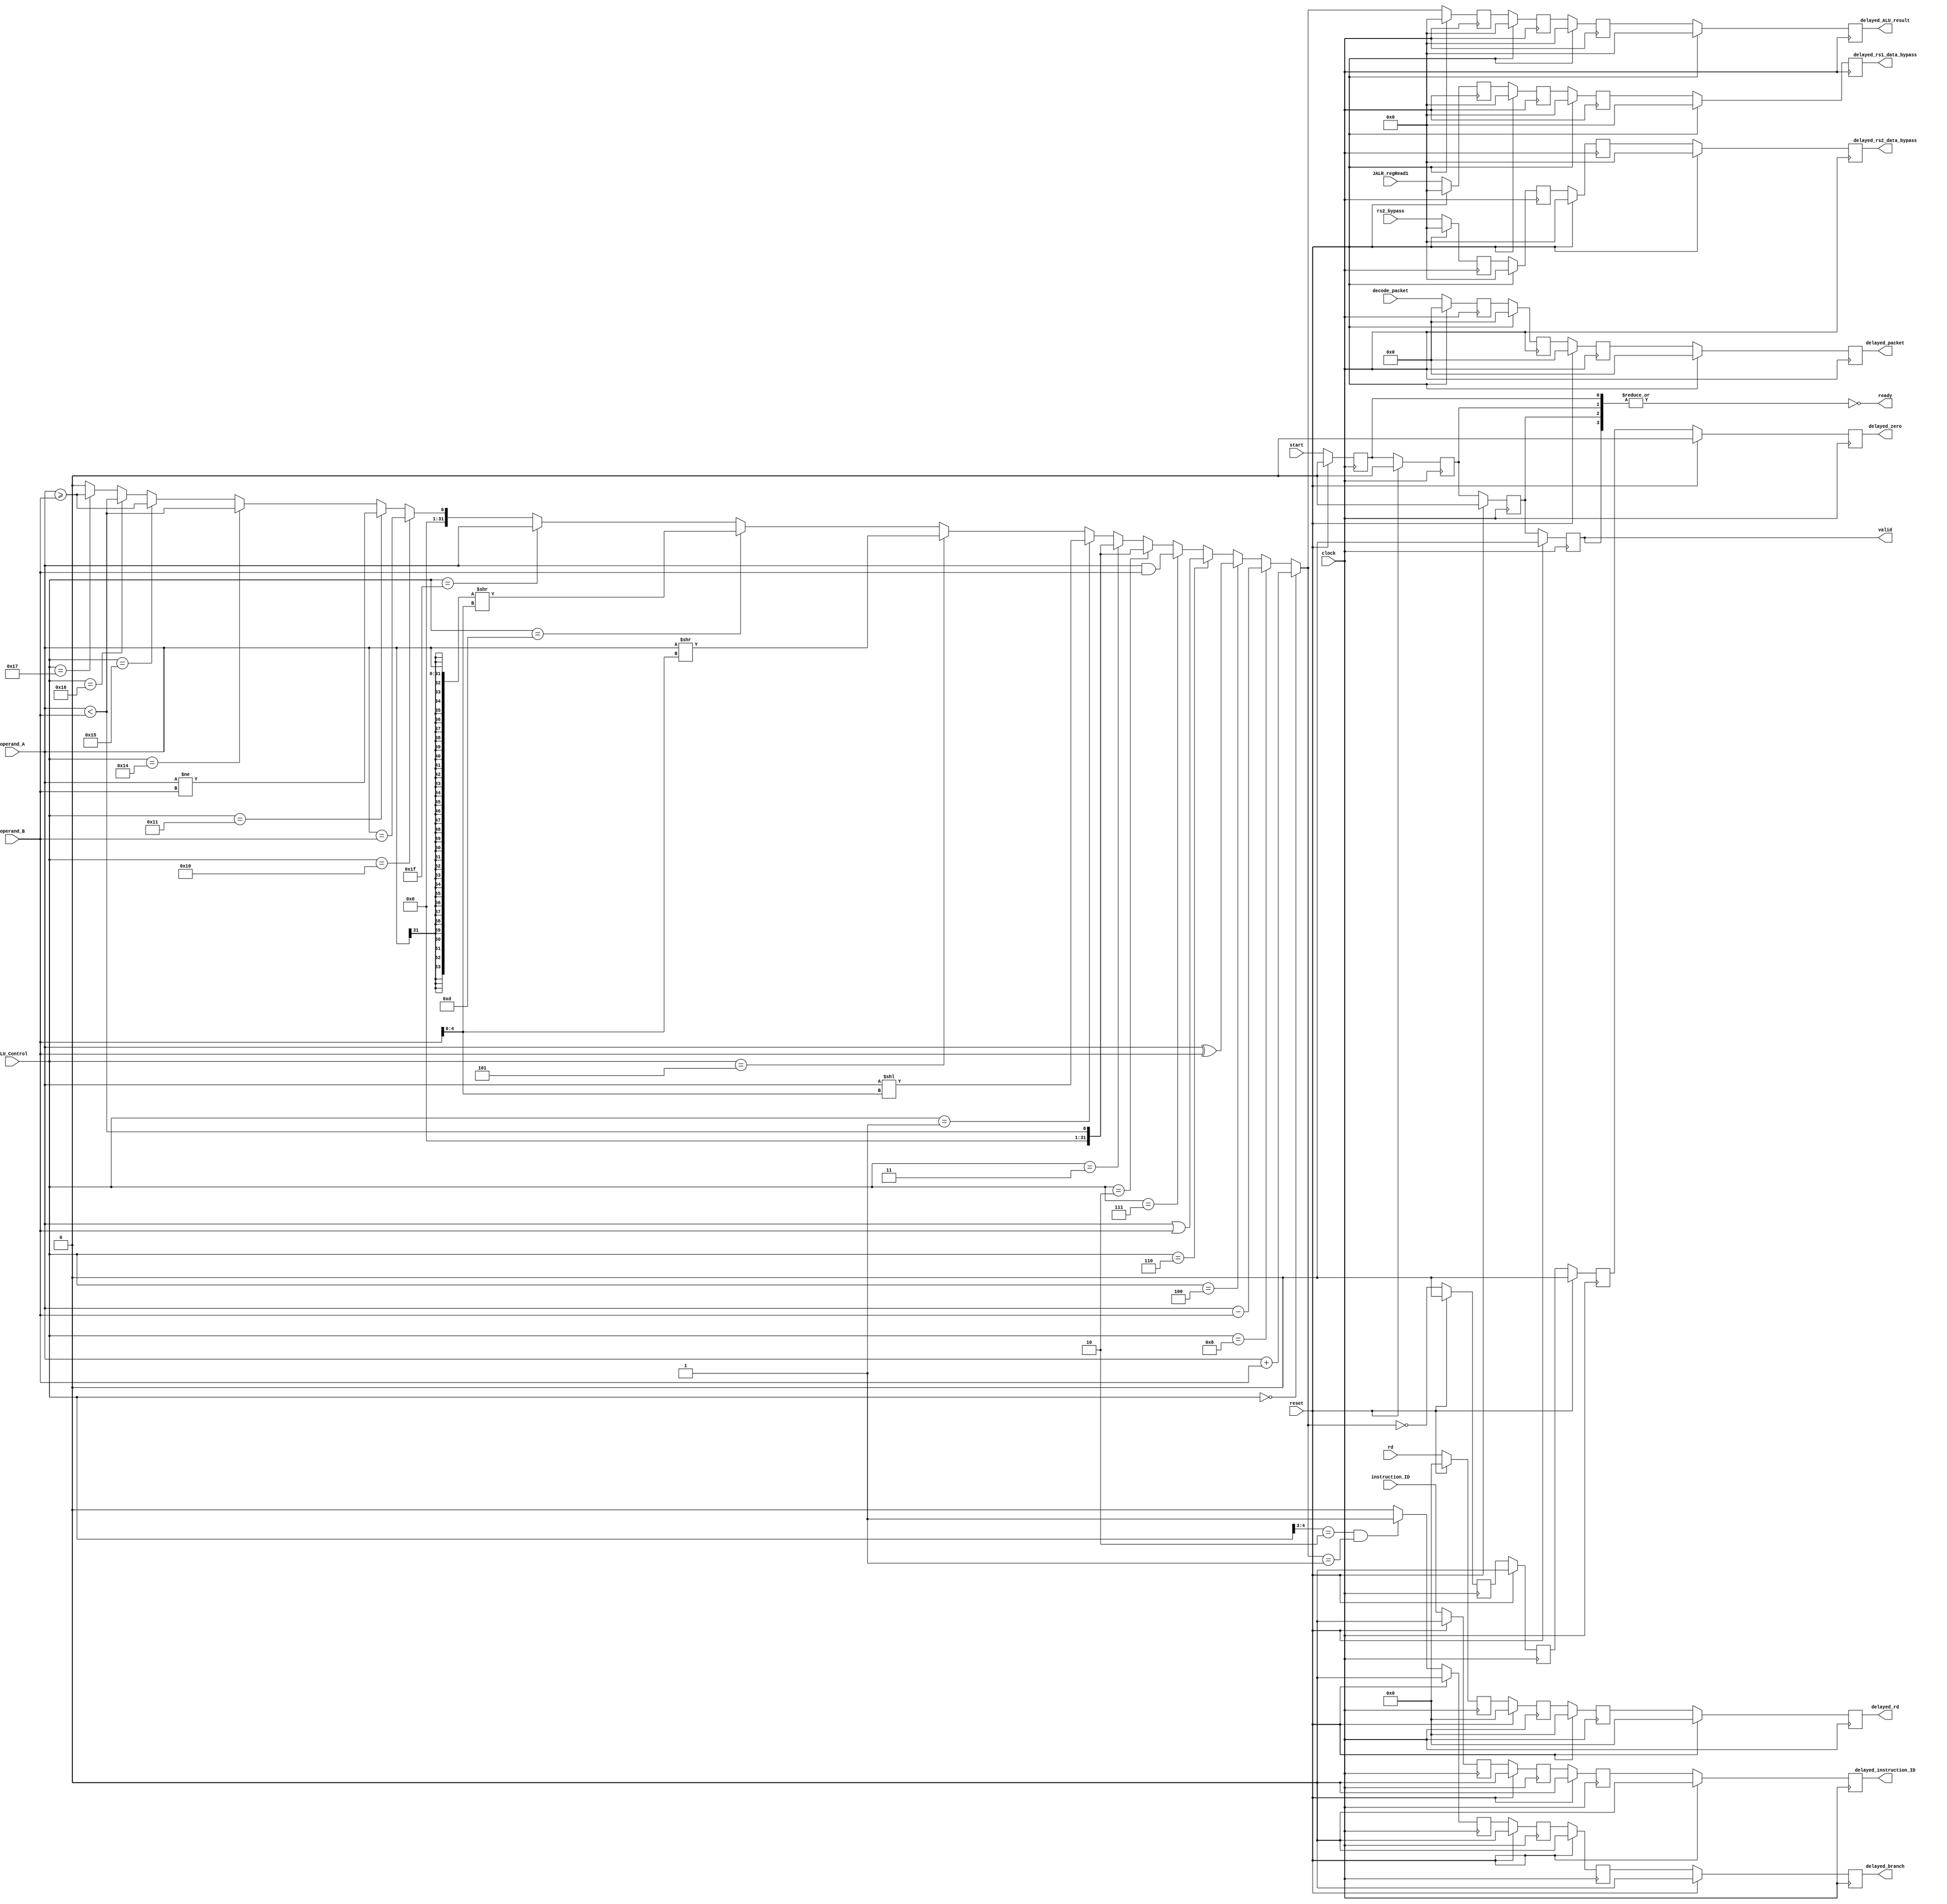
/** @module : ALU
 *  @author : Adaptive & Secure Computing Systems (ASCS) Laboratory
 
 *  Copyright (c) 2018 BRISC-V (ASCS/ECE/BU)
 *  Permission is hereby granted, free of charge, to any person obtaining a copy
 *  of this software and associated documentation files (the "Software"), to deal
 *  in the Software without restriction, including without limitation the rights
 *  to use, copy, modify, merge, publish, distribute, sublicense, and/or sell
 *  copies of the Software, and to permit persons to whom the Software is
 *  furnished to do so, subject to the following conditions:
 *  The above copyright notice and this permission notice shall be included in
 *  all copies or substantial portions of the Software.

 *  THE SOFTWARE IS PROVIDED "AS IS", WITHOUT WARRANTY OF ANY KIND, EXPRESS OR
 *  IMPLIED, INCLUDING BUT NOT LIMITED TO THE WARRANTIES OF MERCHANTABILITY,
 *  FITNESS FOR A PARTICULAR PURPOSE AND NONINFRINGEMENT. IN NO EVENT SHALL THE
 *  AUTHORS OR COPYRIGHT HOLDERS BE LIABLE FOR ANY CLAIM, DAMAGES OR OTHER
 *  LIABILITY, WHETHER IN AN ACTION OF CONTRACT, TORT OR OTHERWISE, ARISING FROM,
 *  OUT OF OR IN CONNECTION WITH THE SOFTWARE OR THE USE OR OTHER DEALINGS IN
 *  THE SOFTWARE.
 */

module ALU #(parameter DATA_WIDTH = 32, CYCLE_TIME = 4, ADDRESS_BITS = 20, 
                        NUMBER_OF_ACTIVE_INSTRUCTIONS = 2, RD_BITS = 5 )(
    input reset,
    input start,
    input clock,
    input [5:0] ALU_Control,
    input [DATA_WIDTH-1:0] rs2_bypass,
    input [DATA_WIDTH-1:0]  operand_A,
    input [DATA_WIDTH-1:0]  operand_B,
    input [RD_BITS-1 :0] rd,
    input [log2(NUMBER_OF_ACTIVE_INSTRUCTIONS)-1:0] instruction_ID,
    input [(DATA_WIDTH + (ADDRESS_BITS*3) + 38) -1: 0] decode_packet,
    input [DATA_WIDTH-1:0] JALR_regRead1,
    
    output delayed_zero, delayed_branch, valid, ready,
    output [DATA_WIDTH-1:0] delayed_ALU_result,
    output [RD_BITS-1 :0] delayed_rd,
    output [log2(NUMBER_OF_ACTIVE_INSTRUCTIONS)-1:0] delayed_instruction_ID,
    output [(DATA_WIDTH + (ADDRESS_BITS*3) + 38) -1: 0] delayed_packet,
    output [DATA_WIDTH-1:0] delayed_rs1_data_bypass,
    output [DATA_WIDTH-1:0] delayed_rs2_data_bypass

);
 // TODO: Update start and valid logics for piplined varible cycle ALU

//  define the log2 function
function integer log2;
    input integer num;
    integer i, result;
    begin
        for (i = 0; 2 ** i < num; i = i + 1)
            result = i + 1;
        log2 = result;
    end
endfunction

//localparam RD_BITS = 5;

wire [DATA_WIDTH-1:0] ALU_result;
wire [4:0] shamt = operand_B [4:0];     // I_immediate[4:0];
wire [(DATA_WIDTH*2)-1:0] arithmatic_shift;
wire zero;
wire branch;

reg  [DATA_WIDTH-1:0] shift_register     [CYCLE_TIME-1 :0];
reg  [DATA_WIDTH-1:0] rs1_shift_register [CYCLE_TIME-1 :0];
reg  [DATA_WIDTH-1:0] rs2_shift_register [CYCLE_TIME-1 :0];
reg  [RD_BITS-1 :0]   rd_shift_register  [CYCLE_TIME-1 :0]; 
reg  [CYCLE_TIME-1:0] valid_register;
reg  [CYCLE_TIME-1:0] branch_register;
reg  [CYCLE_TIME-1:0] zero_register;

reg  [(DATA_WIDTH + (ADDRESS_BITS*3) + 38) -1: 0] packet_shift_register   [CYCLE_TIME-1 :0];
reg  [log2(NUMBER_OF_ACTIVE_INSTRUCTIONS):0]      instruction_ID_register [CYCLE_TIME-1 :0];

// TODO: add ALU fixes from 5 cycle (signed operations)
assign zero   = (ALU_result==0);
assign branch = ((ALU_Control[4:3] == 2'b10) & (ALU_result == 1'b1))? 1'b1 : 1'b0;
// Signed shift
assign arithmatic_shift = ({ {DATA_WIDTH{operand_A[DATA_WIDTH-1]}}, operand_A }) >> shamt;

assign ALU_result   =
            (ALU_Control == 6'b000_000)? operand_A + operand_B:                       /* ADD, ADDI*/
            (ALU_Control == 6'b001_000)? operand_A - operand_B:                       /* SUB */
            (ALU_Control == 6'b000_100)? operand_A ^ operand_B:                       /* XOR, XORI*/
            (ALU_Control == 6'b000_110)? operand_A | operand_B:                       /* OR, ORI */
            (ALU_Control == 6'b000_111)? operand_A & operand_B:                       /* AND, ANDI */
            (ALU_Control == 6'b000_010)? operand_A < operand_B:                       /* SLT, SLTI */
            (ALU_Control == 6'b000_011)? operand_A < operand_B:                       /* SLTU, SLTIU */
            (ALU_Control == 6'b000_001)? operand_A << shamt:                          /* SLL, SLLI => 0's shifted in from right */
            (ALU_Control == 6'b000_101)? operand_A >> shamt:                          /* SRL, SRLI => 0's shifted in from left */
            (ALU_Control == 6'b001_101)? arithmatic_shift[DATA_WIDTH-1:0]:            /* SRA, SRAI => sign bit shifted in from left */
            (ALU_Control == 6'b011_111)? operand_A:                                   /* operand_A = PC+4 for JAL   and JALR */
            (ALU_Control == 6'b010_000)? (operand_A == operand_B):                    /* BEQ */
            (ALU_Control == 6'b010_001)? (operand_A != operand_B):                    /* BNE */
            (ALU_Control == 6'b010_100)? (operand_A < operand_B):                     /* BLT */
            (ALU_Control == 6'b010_101)? (operand_A >= operand_B):                    /* BGE */
            (ALU_Control == 6'b010_110)? (operand_A < operand_B):                     /* BLTU */
            (ALU_Control == 6'b010_111)? (operand_A >= operand_B): {DATA_WIDTH{1'b0}};/* BGEU */

//assign last slot in the delay shift registers to the output of ALU
assign delayed_ALU_result      = shift_register          [CYCLE_TIME-1];
assign valid                   = valid_register          [CYCLE_TIME-1];
assign delayed_branch          = branch_register         [CYCLE_TIME-1];
assign delayed_zero            = zero_register           [CYCLE_TIME-1];
assign delayed_rd              = rd_shift_register       [CYCLE_TIME-1];
assign delayed_instruction_ID  = instruction_ID_register [CYCLE_TIME-1];
assign delayed_packet          = packet_shift_register   [CYCLE_TIME-1];
assign delayed_rs1_data_bypass = rs1_shift_register      [CYCLE_TIME-1];
assign delayed_rs2_data_bypass = rs2_shift_register      [CYCLE_TIME-1];
assign ready                   = ~| valid_register; // ready if nothing in the ALU 



                                                   // TODO: Update for piplined ALU

//first location in delay shift registers is the input
    always @(posedge clock) begin
        if(reset)begin
             zero_register[0]           <= 1'b0;  
             valid_register[0]          <= 1'b0;
             shift_register[0]          <= {DATA_WIDTH{1'b0}};   
             branch_register[0]         <= 1'b0;            
             rd_shift_register[0]       <= {RD_BITS{1'b0}};
             rs1_shift_register[0]      <= {DATA_WIDTH{1'b0}};   
             rs2_shift_register[0]      <= {DATA_WIDTH{1'b0}};   
             packet_shift_register[0]   <= {(DATA_WIDTH + (ADDRESS_BITS*3) + 38){130'b0}};
             instruction_ID_register[0] <= {log2(NUMBER_OF_ACTIVE_INSTRUCTIONS){1'b0}};
             
        end
        else begin
             zero_register[0]           <= zero;
             valid_register[0]          <= start;
             shift_register[0]          <= ALU_result;  
             branch_register[0]         <= branch;
             rd_shift_register[0]       <= rd;
             rs1_shift_register[0]      <= JALR_regRead1;
             rs2_shift_register[0]      <= rs2_bypass;
             packet_shift_register[0]   <= decode_packet;
             instruction_ID_register[0] <= instruction_ID;
             
        end                
    end

//for each cycle of alu add a register and have its output shift outward
genvar i;
generate 
    for(i=1; i < CYCLE_TIME; i= i+1)begin
    always @(posedge clock) begin
            if(reset)begin
                zero_register[i]           <= 1'b0;
                valid_register[i]          <= 1'b0;
                shift_register[i]          <= {DATA_WIDTH{1'b0}};              
                branch_register[i]         <= 1'b0;
                rd_shift_register[i]       <= {RD_BITS{1'b0}}; 
                rs1_shift_register[i]      <= {DATA_WIDTH{1'b0}};      
                rs2_shift_register[i]      <= {DATA_WIDTH{1'b0}};      
                packet_shift_register[i]   <= {(DATA_WIDTH + (ADDRESS_BITS*3) + 38){130'b0}};
                instruction_ID_register[i] <= {log2(NUMBER_OF_ACTIVE_INSTRUCTIONS){1'b0}};   
            end
            else begin
                zero_register[i]           <= zero_register[i-1];
                valid_register[i]          <= valid_register[i-1];
                shift_register[i]          <= shift_register[i-1];
                branch_register[i]         <= branch_register[i-1];
                rd_shift_register[i]       <= rd_shift_register[i-1];
                rs1_shift_register[i]      <= rs1_shift_register[i-1]; 
                rs2_shift_register[i]      <= rs2_shift_register[i-1]; 
                packet_shift_register[i]   <= packet_shift_register[i-1];
                instruction_ID_register[i] <= instruction_ID_register[i-1];
            end
        end
    end    
endgenerate
            
endmodule